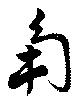
角